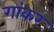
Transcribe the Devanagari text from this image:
गांकर